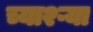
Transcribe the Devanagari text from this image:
च्या२ऱ्या